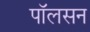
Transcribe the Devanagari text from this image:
पाॅलसन